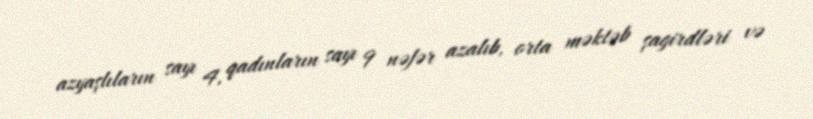
azyaşlıların sayı 4, qadınların sayı 9 nəfər azalıb, orta məktəb şagirdləri və